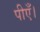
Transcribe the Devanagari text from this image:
पीएँ।